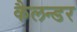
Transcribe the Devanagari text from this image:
कैलन्डर